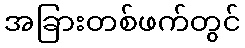
အခြားတစ်ဖက်တွင်